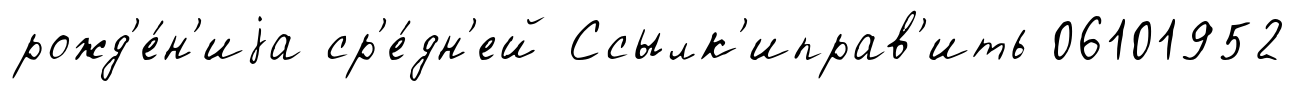
рожд'е́н'иjа ср'е́дн'ей Ссылк'иправ'ить 06101952